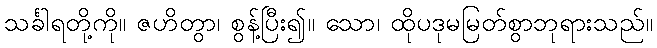
သင်္ခါရတို့ကို။ ဇဟိတွာ၊ စွန့်ပြီး၍။ သော၊ ထိုပဒုမမြတ်စွာဘုရားသည်။